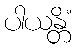
ပါယန္တိံ